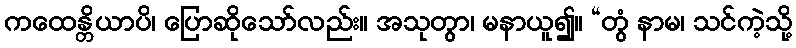
ကထေန္တိယာပိ၊ ပြောဆိုသော်လည်း။ အသုတွာ၊ မနာယူ၍။ “တွံ နာမ၊ သင်ကဲ့သို့